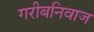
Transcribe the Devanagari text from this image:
गरीबनिवाज